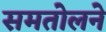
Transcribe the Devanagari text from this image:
समतोलने